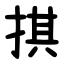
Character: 掑